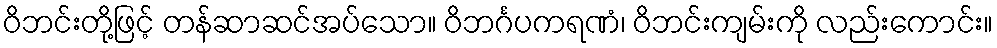
ဝိဘင်းတို့ဖြင့် တန်ဆာဆင်အပ်သော။ ဝိဘင်္ဂပကရဏံ၊ ဝိဘင်းကျမ်းကို လည်းကောင်း။